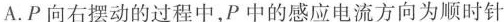
A.P向右摆动的过程中，P中的感应电流方向为顺时针